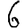
Digit: 6